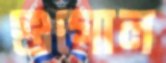
গুগোল